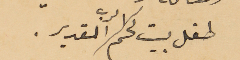
طفل بيت لحم /الرب القدير.